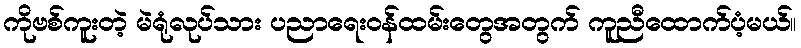
ကိုဗစ်ကူးတဲ့ မဲရုံလုပ်သား ပညာရေးဝန်ထမ်းတွေအတွက် ကူညီထောက်ပံ့မယ်။